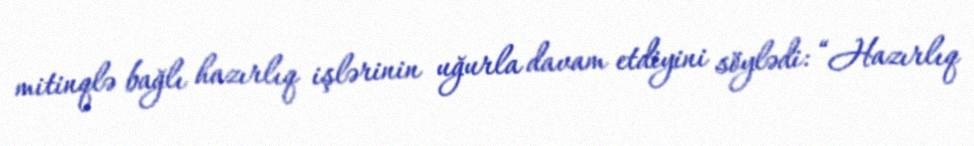
mitinqlə bağlı hazırlıq işlərinin uğurla davam etdiyini söylədi: “Hazırlıq